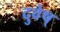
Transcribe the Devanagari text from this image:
दुवेष्